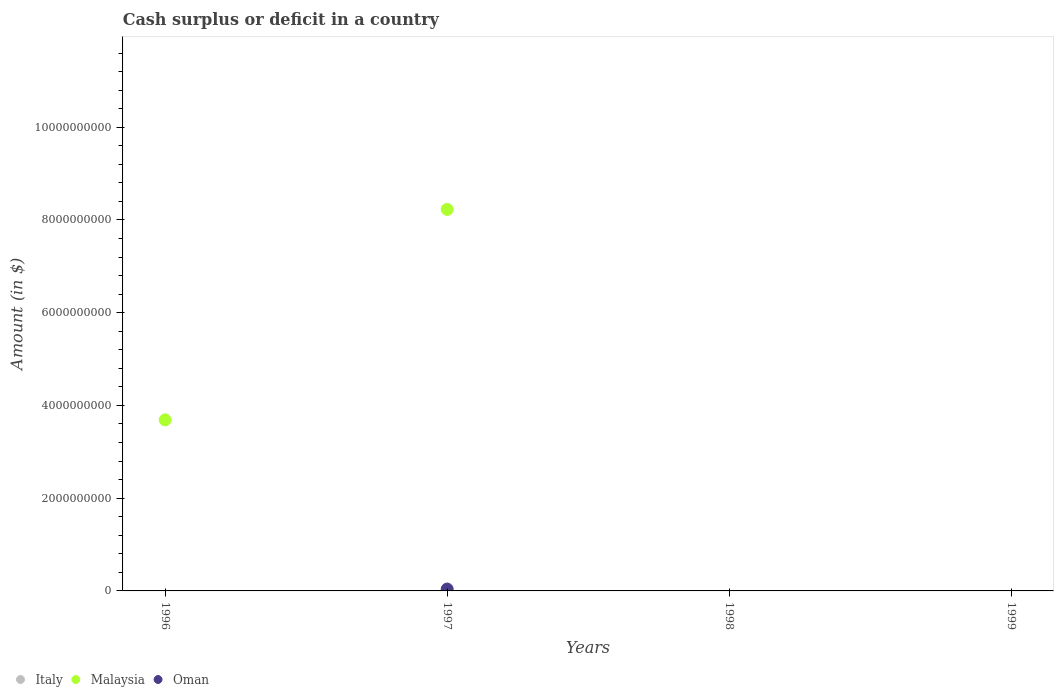
| Years | Italy | Malaysia | Oman |
 | --- | --- | --- | --- |
 | 1996 | -6.63e+10 | 3.69e+09 | -2.66e+08 |
 | 1997 | -2.68e+10 | 8.23e+09 | 4.01e+07 |
 | 1998 | -2.97e+10 | -2.33e+09 | -3.85e+08 |
 | 1999 | -1.59e+10 | -1.15e+10 | -4.52e+08 |